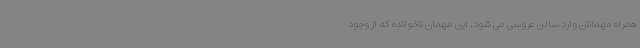
همراه مهمانان وارد سالن عروسی می شود. این مهمان ناخوانده که از وجود